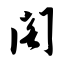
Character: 阁